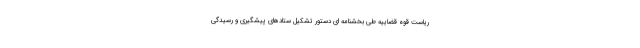
ریاست قوه قضاییه طی بخشنامه ای دستور تشکیل ستادهای پیشگیری و رسیدگی